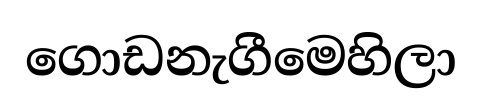
ගොඩනැගීමෙහිලා